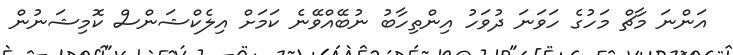
އަންނަ މާޗް މަހުގެ ހަވަނަ ދުވަހު އިންތިހާބު ނުބޭއްވޭނެ ކަމަށް އިލެކްޝަންސް ކޮމިޝަނުން